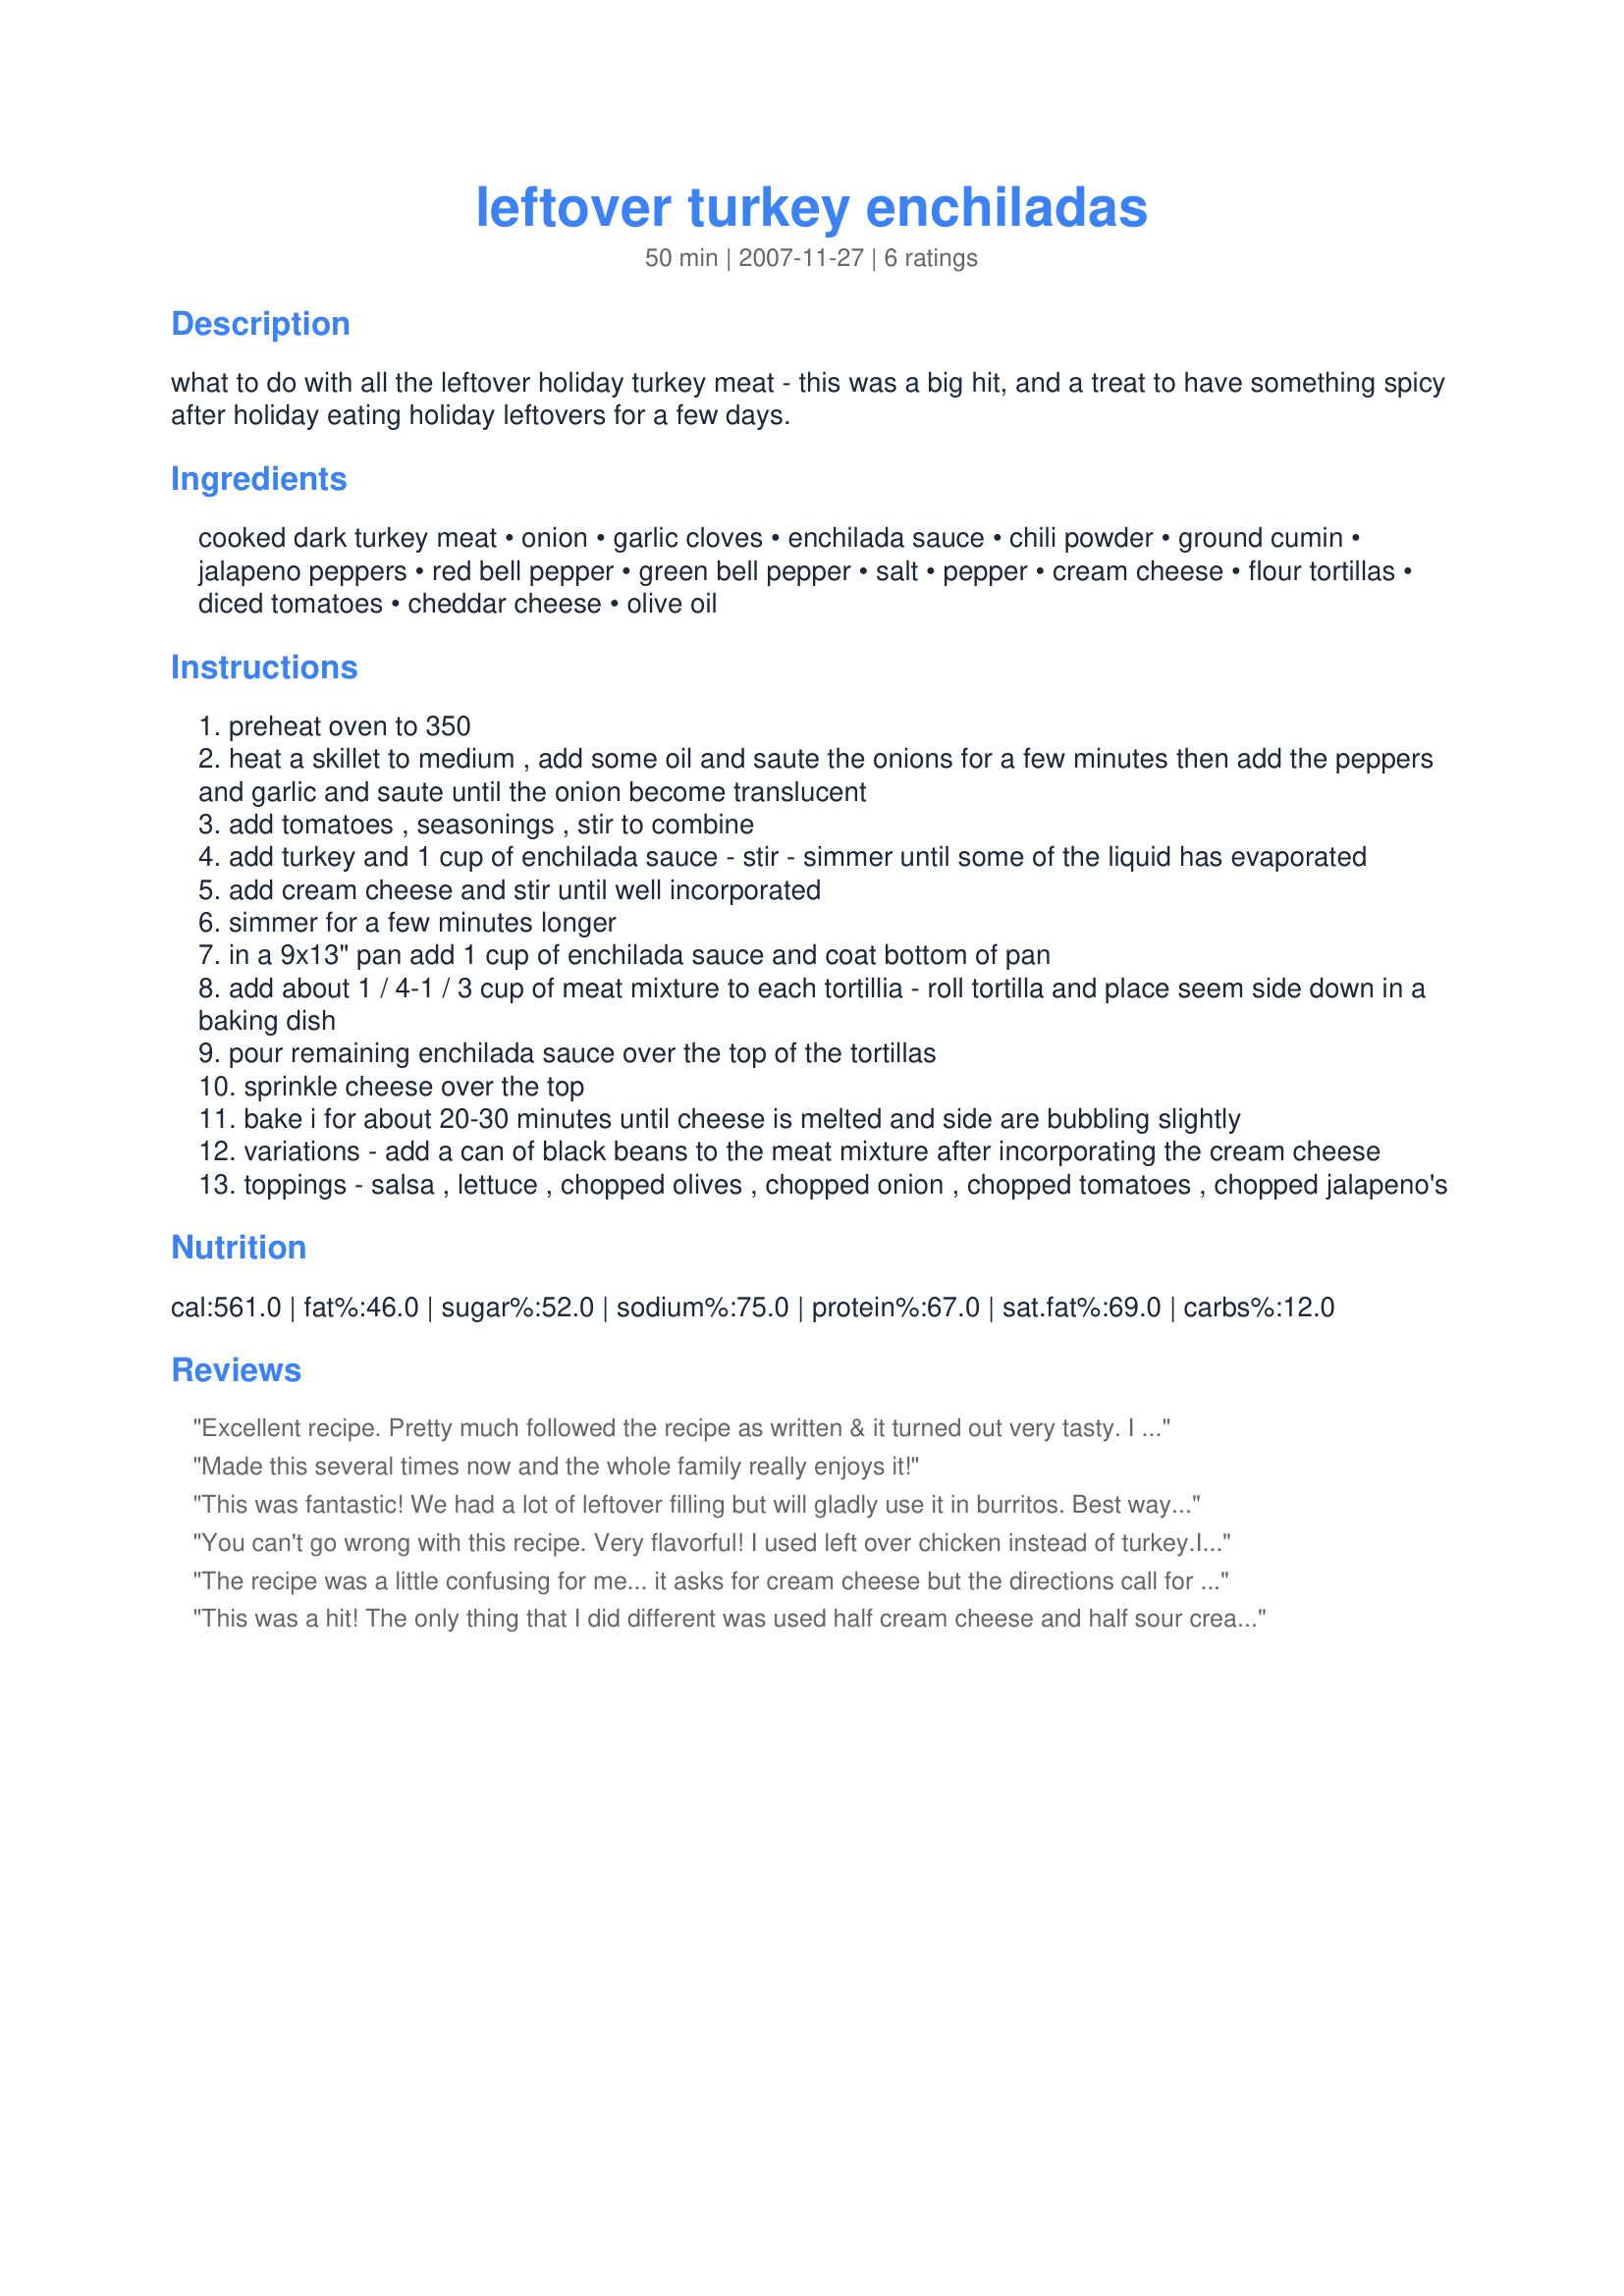
leftover turkey enchiladas
Preparation time: 50 minutes

what to do with all the leftover holiday turkey meat - this was a big hit, and a treat to have something spicy after holiday eating holiday leftovers for a few days.

Ingredients:
cooked dark turkey meat, onion, garlic cloves, enchilada sauce, chili powder, ground cumin, jalapeno peppers, red bell pepper, green bell pepper, salt, pepper, cream cheese, flour tortillas, diced tomatoes, cheddar cheese, olive oil

Steps:
preheat oven to 350
heat a skillet to medium , add some oil and saute the onions for a few minutes then add the peppers and garlic and saute until the onion become translucent
add tomatoes , seasonings , stir to combine
add turkey and 1 cup of enchilada sauce - stir - simmer until some of the liquid has evaporated
add cream cheese and stir until well incorporated
simmer for a few minutes longer
in a 9x13" pan add 1 cup of enchilada sauce and coat bottom of pan
add about 1 / 4-1 / 3 cup of meat mixture to each tortillia - roll tortilla and place seem side down in a baking dish
pour remaining enchilada sauce over the top of the tortillas
sprinkle cheese over the top
bake i for about 20-30 minutes until cheese is melted and side are bubbling slightly
variations - add a can of black beans to the meat mixture after incorporating the cream cheese
toppings - salsa , lettuce , chopped olives , chopped onion , chopped tomatoes , chopped jalapeno's

Reviews:
Excellent recipe. Pretty much followed the recipe as written & it turned out very tasty. I enjoyed the addition of the cream cheese with the mixture & spices, it helped blend all the flavours together. This one is a keeper for us, thanks for sharing.
Made this several times now and the whole family really enjoys it!
This was fantastic! We had a lot of leftover filling but will gladly use it in burritos. Best way to use up turkey!
You can't go wrong with this recipe. Very flavorful! I used left over chicken instead of turkey.<br/>I've made Recipe#42094 many times in the past and it is a winner.<br/>Thanks for sharing your delicious recipes.
The recipe was a little confusing for me... it asks for cream cheese but the directions call for sour cream. I used cream cheese and they are wonderful!
This was a hit! The only thing that I did different was used half cream cheese and half sour cream. I also added a bit of coriander and cheese to the sauce and about half the amount of cumin, you don&#039;t want too much of that!! Amazing great flavor!!
